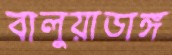
বালুয়াডাঙ্গ